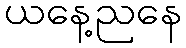
ယနေ့ညနေ